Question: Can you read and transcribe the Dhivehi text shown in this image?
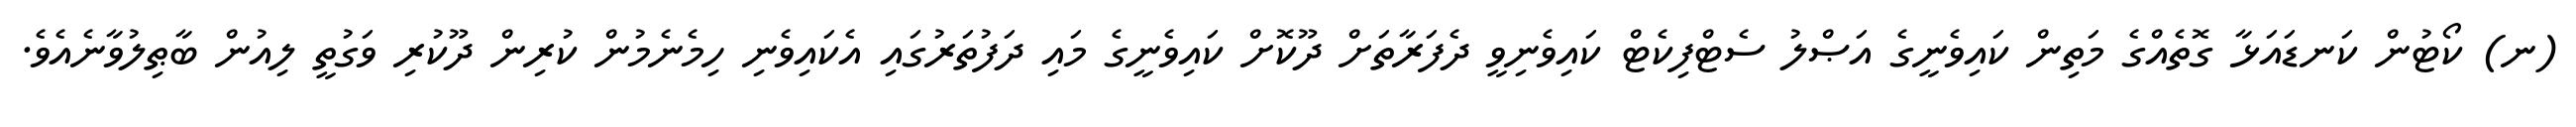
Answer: (ނ) ކޯޓުން ކަނޑައަޅާ ގޮތެއްގެ މަތިން ކައިވެނީގެ އަޞްލު ސެޓްފިކެޓް ކައިވެނިވީ ދެފަރާތަށް ދޫކޮށް ކައިވެނީގެ މައި ދަފުތަރުގައި އެކައިވެނި ހިމެނެމުން ކުރިން ދޫކުރި ވަގުތީ ލިއުން ބާޠިލުވާނެއެވެ.